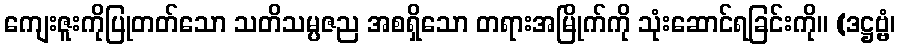
ကျေးဇူးကိုပြုတတ်သော သတိသမ္ပဇည အစရှိသော တရားအမြိုက်ကို သုံးဆောင်ရခြင်းကို။ (ဒဋ္ဌဗ္ဗံ၊